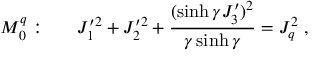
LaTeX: M _ { 0 } ^ { q } : ~ ~ ~ ~ ~ J _ { 1 } ^ { \prime 2 } + J _ { 2 } ^ { \prime 2 } + \displaystyle \frac { ( \sinh \gamma J _ { 3 } ^ { \prime } ) ^ { 2 } } { \gamma \sinh \gamma } = J _ { q } ^ { 2 } ~ ,